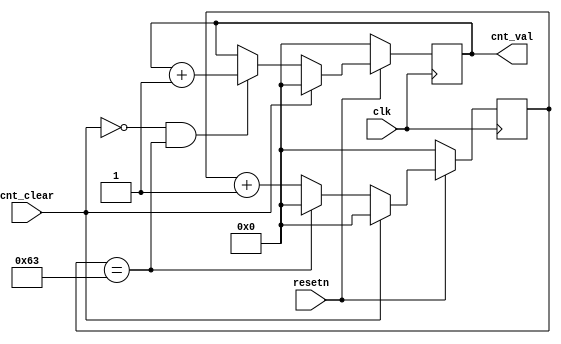
`timescale 1ns / 1ns

module wall_clk_counter (
  input clk,
  input resetn,
  input  cnt_clear,
  output reg [31:0] cnt_val
);

  /* clk frequency: 100MHz (10ns) 
   * internal counter: 0 - 99 (1us) */
  reg [31:0] cnt_internal;

  always @(posedge clk)
  begin
	  if (~resetn)
		  cnt_internal <= 32'b0;

	  else if (cnt_clear)
		  cnt_internal <= 32'b0;
	  
	  else if (cnt_internal == 32'd99)
		  cnt_internal <= 32'b0;

	  else
		  cnt_internal <= cnt_internal + 32'd1;
  end

  always @(posedge clk)
  begin
	  if (~resetn)
		  cnt_val <= 32'b0;

	  else if (cnt_clear)
		  cnt_val <= 32'b0;

	  else if (~cnt_clear && (cnt_internal == 32'd99))
		  cnt_val <= cnt_val + 32'd1;
  end

endmodule